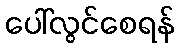
ပေါ်လွင်စေရန်